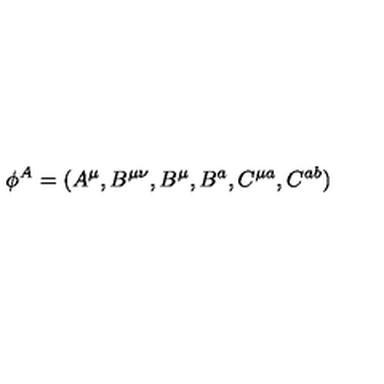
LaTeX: { \phi } ^ { A } = ( A ^ { \mu } , B ^ { \mu \nu } , B ^ { \mu } , B ^ { a } , C ^ { \mu a } , C ^ { a b } )